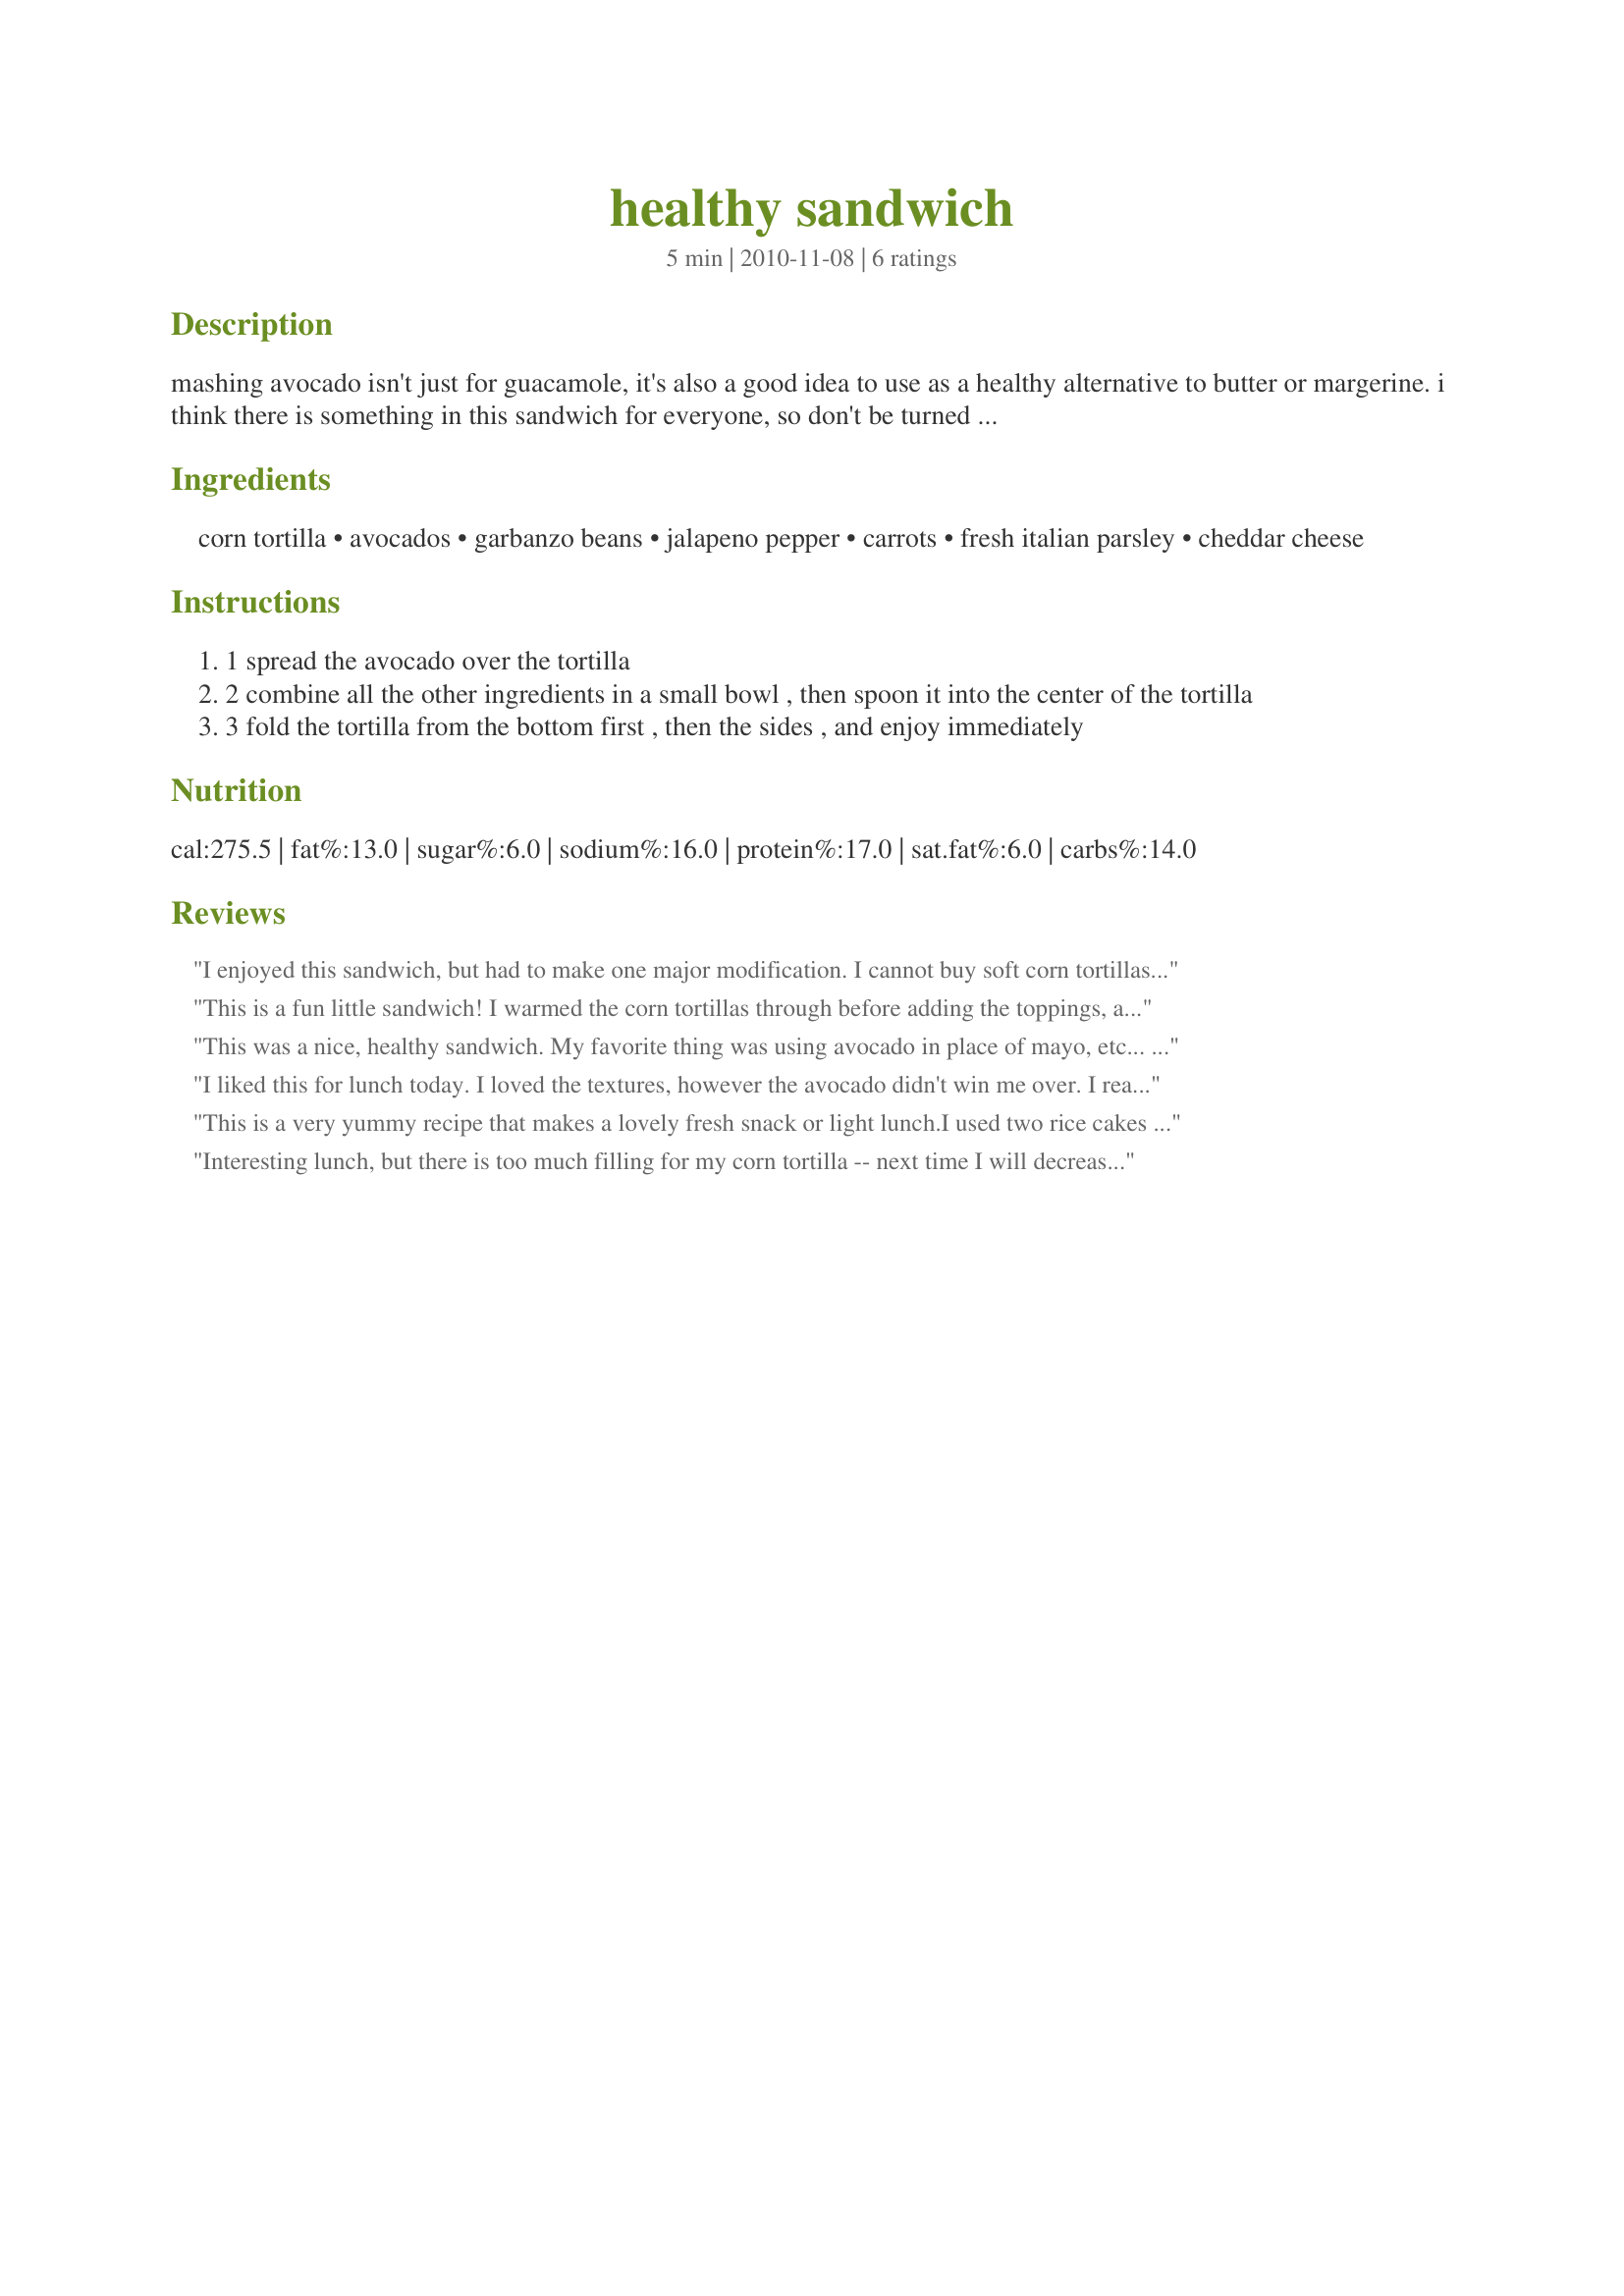
healthy sandwich
Preparation time: 5 minutes

mashing avocado isn't just for guacamole, it's also a good idea to use as a healthy alternative to butter or margerine. i think there is something in this sandwich for everyone, so don't be turned of that it's healthy or that it applies towards a vegan lifestyle. this recipe easily doubles if you want seconds or are making this for one other person.

Ingredients:
corn tortilla, avocados, garbanzo beans, jalapeno pepper, carrots, fresh italian parsley, cheddar cheese

Steps:
1 spread the avocado over the tortilla
2 combine all the other ingredients in a small bowl , then spoon it into the center of the tortilla
3 fold the tortilla from the bottom first , then the sides , and enjoy immediately

Reviews:
I enjoyed this sandwich, but had to make one major modification. I cannot buy soft corn tortillas in Australia, so I had to use a flour one. Also cut back on the cheese. I thought 1/3 cup was way too much. In future I would double the jalapeno and add a teaspoon of mayo and/or mustard to add a bit more moisture (personal preference). Must mention that for this contest, it was especially nice to have a recipe for 1.
This is a fun little sandwich! I warmed the corn tortillas through before adding the toppings, and I used shredded cheese and shredded the carrot, to better stir everything together to be "glued" in with the avocado. It worked wonderfully. I had a very strong jalapeno, so I adjusted the amount to taste accordingly. I ended up with a little extra filling (having doubled the serving size for 2), and look forward to enjoying it later. Thanks for sharing! Veg*n Swap 31
This was a nice, healthy sandwich. My favorite thing was using avocado in place of mayo, etc... I think next time, I would try it with a flour tortilla. I thought the corn tortilla took away from the filling flavors and was a bit dry. This recipe is definitely worth trying again. Thanks for your creation!
I liked this for lunch today. I loved the textures, however the avocado didn't win me over. I really liked the freshness of the parsley, I think a bit of salt and pepper would have been good too. I used a whole wheat tortilla instead of a corn tortilla because its what I had.
This is a very yummy recipe that makes a lovely fresh snack or light lunch.<br/>I used two rice cakes in place of the tortilla as thats what I had on hand, but found the filling to be a bit too much, which might have been due to the change, though.<br/>I loved the flavour combination of the avocado with the crisp carrot and spicy jalapeno (the full amount was too much for me, though)<br/>Without the cheese, salt and pepper are a must to bring out the avocado flavour. Some other spices like e.g. cumin or garlic would also be a great addition.<br/>However the recipe is very nice as is, too.<br/>THANK YOU SO MUCH for sharing it here with us and GOOD LUCK!<br/>Made and reviewed for the Dining On A Dollar Contest November 2010.
Interesting lunch, but there is too much filling for my corn tortilla -- next time I will decrease the beans by half or put everything in salad greens for a salad. Interesting!
